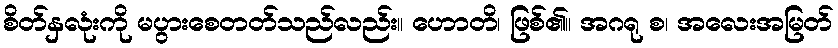
စိတ်နှလုံးကို မပွားစေတတ်သည်လည်း။ ဟောတိ၊ ဖြစ်၏။ အဂရု စ၊ အလေးအမြတ်